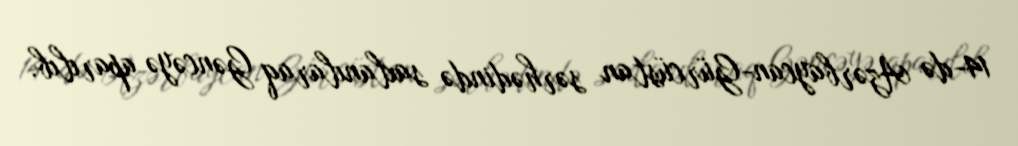
14-də Azərbaycan-Gürcüstan sərhədində saxlanılaraq Gəncəyə aparılıb.